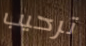
ترحيب